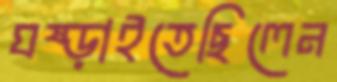
ঘষ্‌ড়াইতেছিলেন